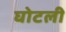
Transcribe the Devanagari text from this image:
घोटली